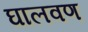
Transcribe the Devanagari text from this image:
घालवण